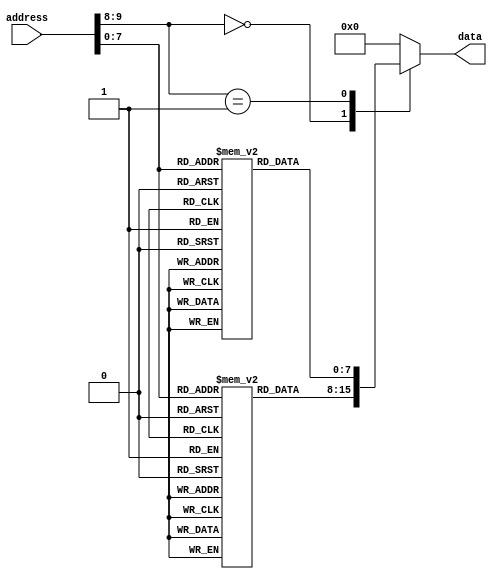
module ROM(
    input wire [9:0] address,
    output reg [7:0] data
);

reg [7:0] memory_block0 [0:255];
reg [7:0] memory_block1 [0:255];
// Additional memory blocks can be added as needed

always @(*) begin
    case(address[9:8])
        2'b00: data = memory_block0[address[7:0]];
        2'b01: data = memory_block1[address[7:0]];
        // Additional cases can be added as needed
        default: data = 8'h00; // Default behavior if address is invalid
    endcase
end

endmodule